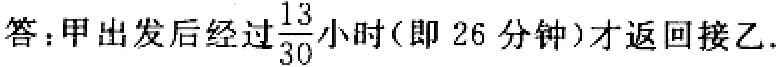
答：甲出发后经过$\frac{13}{30}$小时（即 26 分钟）才返回接乙.